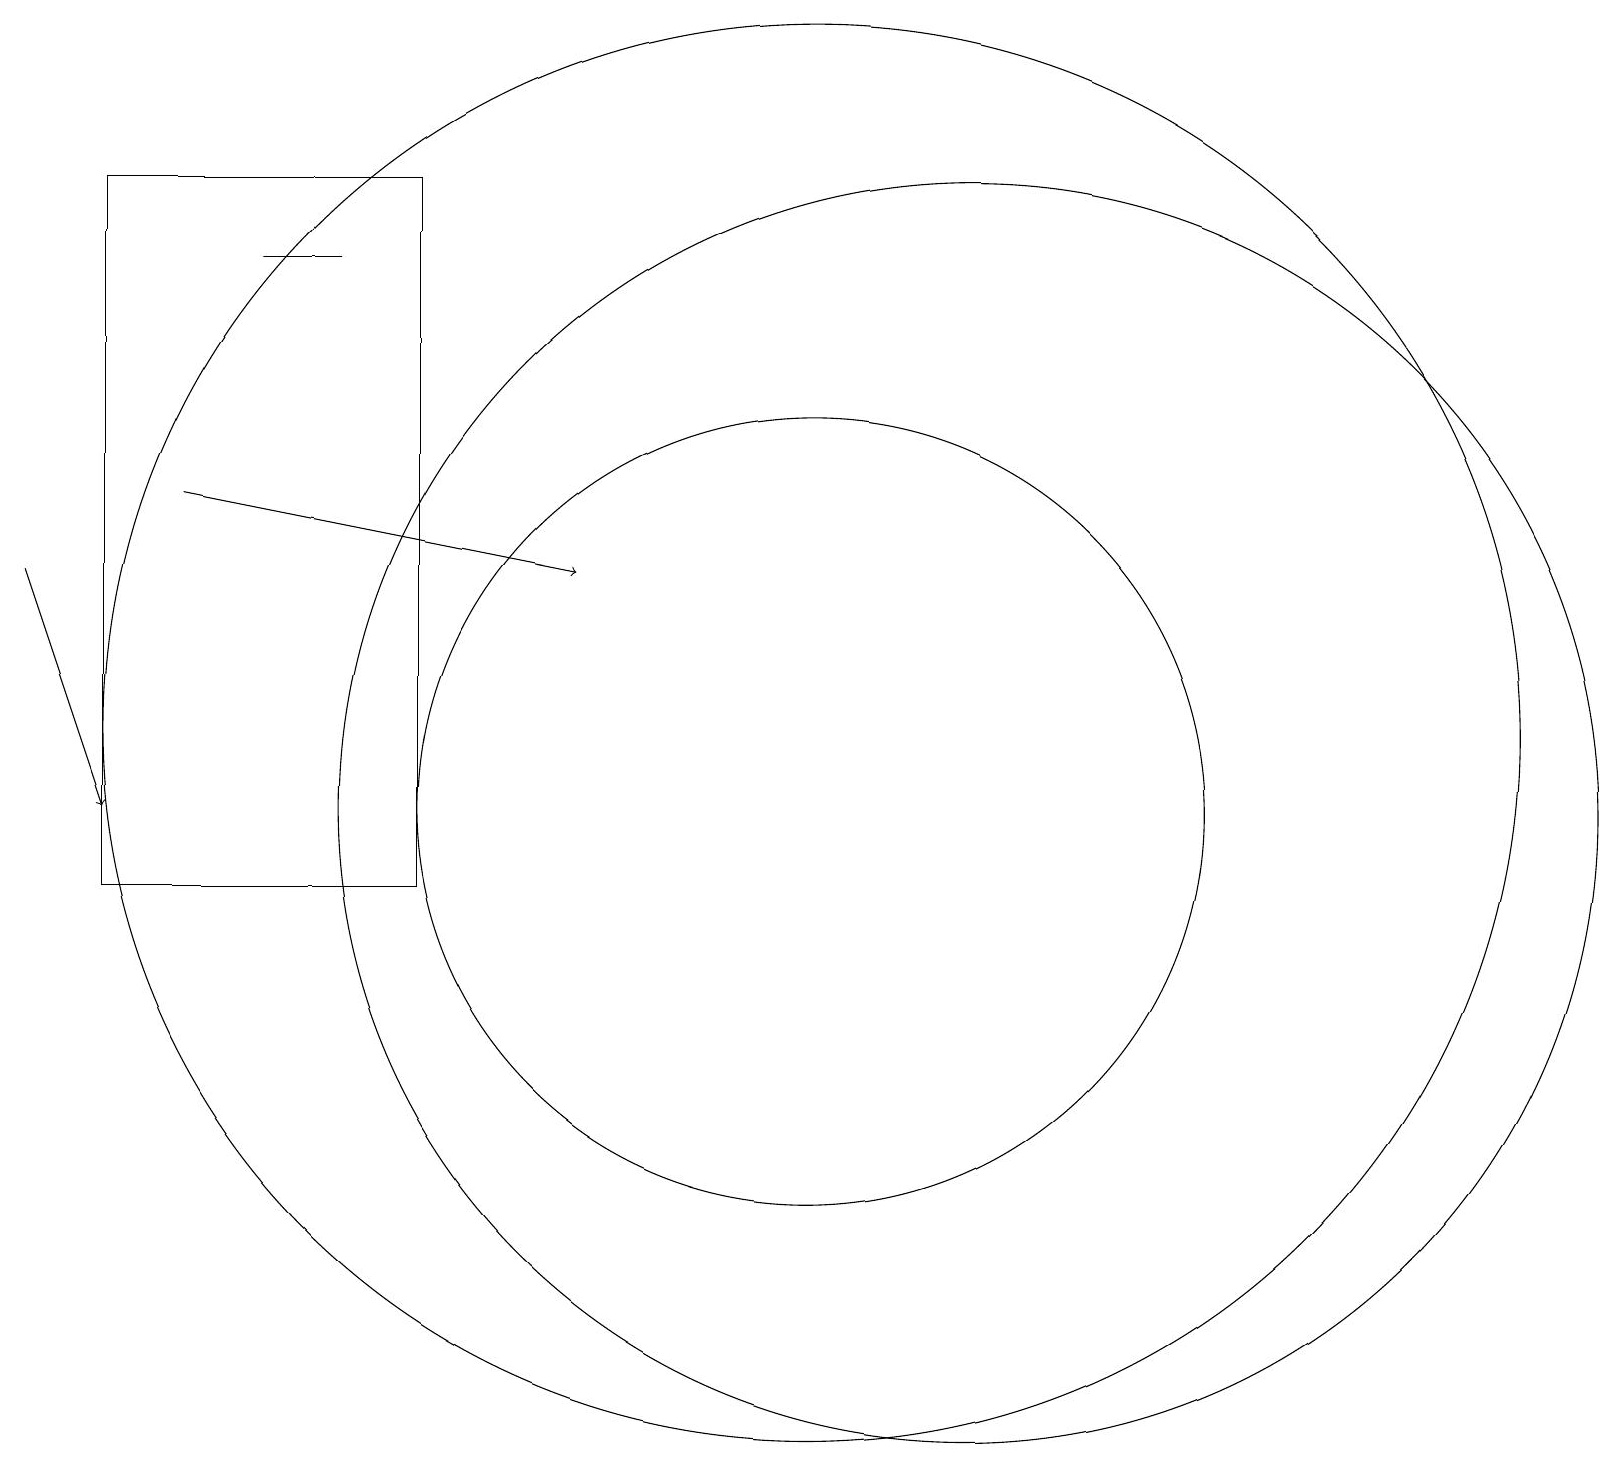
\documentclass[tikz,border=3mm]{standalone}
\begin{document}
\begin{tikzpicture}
\draw (10,12) circle (9);
\draw (4,18) rectangle (3,18);
\draw (12,11) circle (8);
\draw (5,19) rectangle (1,10);
\draw[->] (0,14) -- (1,11);
\draw (10,11) circle (5);
\draw[->] (2,15) -- (7,14);
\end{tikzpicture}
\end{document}